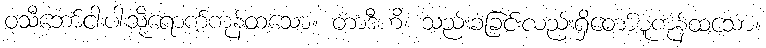
ဝသီဘော်ငါးပါးသို့ရောက်ကုန်ထသော။ တာဒီဟိ၊ သည်းခံခြင်းလည်းရှိတော်မူကုန်ထသော။